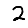
Digit: 2